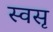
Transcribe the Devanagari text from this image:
स्वसृ